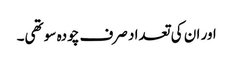
اور ان کی تعداد صرف چودہ سو تھی۔